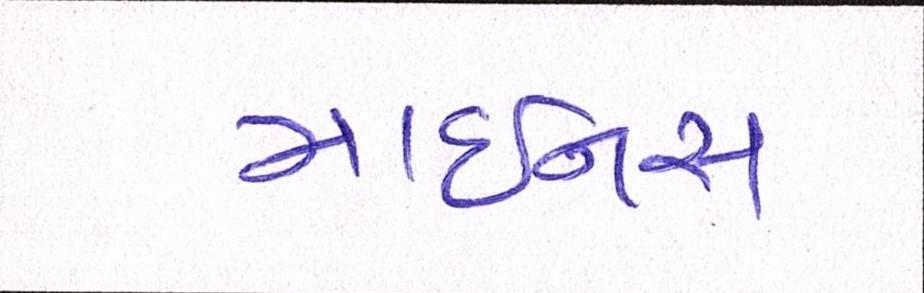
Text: માઇનસ